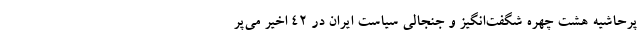
پرحاشیه هشت چهره شگفت‌انگیز و جنجالی سیاست ایران در ۴۲ اخیر می‌پر